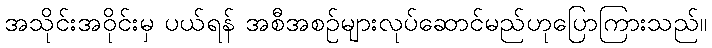
အသိုင်းအဝိုင်းမှ ပယ်ရန် အစီအစဉ်များလုပ်ဆောင်မည်ဟုပြောကြားသည်။